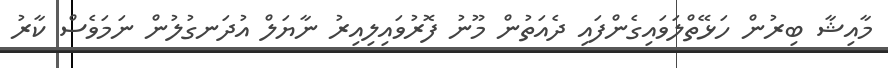
މާއިޝާ ބިރުން ހަޅޭތްލަވައިގެންފައި ދެއަތުން މޫނު ފޮރުވައިލިއިރު ނާޔަލް އުދަނގުލުން ނަމަވެސް ކާރު